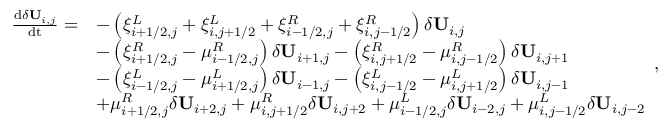
\begin{array} { r l } { \frac { \mathrm { d } \delta \mathbf { U } _ { i , j } } { \mathrm { d t } } = } & { - \left( \xi _ { i + 1 / 2 , j } ^ { L } + \xi _ { i , j + 1 / 2 } ^ { L } + \xi _ { i - 1 / 2 , j } ^ { R } + \xi _ { i , j - 1 / 2 } ^ { R } \right) \delta \mathbf { U } _ { i , j } } \\ & { - \left( \xi _ { i + 1 / 2 , j } ^ { R } - \mu _ { i - 1 / 2 , j } ^ { R } \right) \delta \mathbf { U } _ { i + 1 , j } - \left( \xi _ { i , j + 1 / 2 } ^ { R } - \mu _ { i , j - 1 / 2 } ^ { R } \right) \delta \mathbf { U } _ { i , j + 1 } } \\ & { - \left( \xi _ { i - 1 / 2 , j } ^ { L } - \mu _ { i + 1 / 2 , j } ^ { L } \right) \delta \mathbf { U } _ { i - 1 , j } - \left( \xi _ { i , j - 1 / 2 } ^ { L } - \mu _ { i , j + 1 / 2 } ^ { L } \right) \delta \mathbf { U } _ { i , j - 1 } } \\ & { + \mu _ { i + 1 / 2 , j } ^ { R } \delta \mathbf { U } _ { i + 2 , j } + \mu _ { i , j + 1 / 2 } ^ { R } \delta \mathbf { U } _ { i , j + 2 } + \mu _ { i - 1 / 2 , j } ^ { L } \delta \mathbf { U } _ { i - 2 , j } + \mu _ { i , j - 1 / 2 } ^ { L } \delta \mathbf { U } _ { i , j - 2 } } \end{array} ,